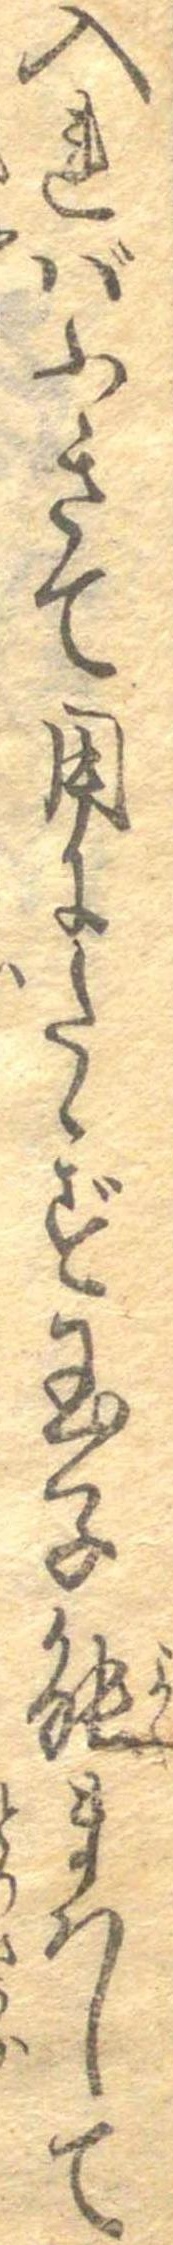
入ればふきて用にたゝず玉子能まはして